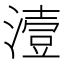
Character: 潱